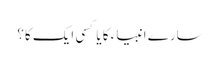
سارے انبیاء کا یا کسی ایک کا؟